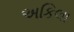
અકિલા